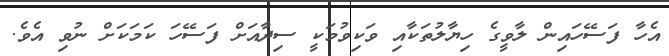
އެހާ ފަސޭހައިން ލާވީގެ ހިޔާލުތަކާއި ވަކިވުމަކީ ސިދާއަށް ފަސޭހަ ކަމަކަށް ނުވި އެވެ.